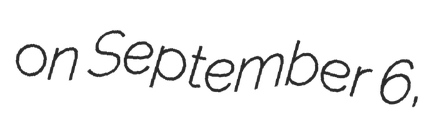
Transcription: on September 6,